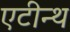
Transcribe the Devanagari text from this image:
एटीन्थ